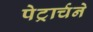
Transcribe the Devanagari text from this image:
पेट्रार्चने